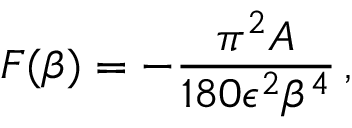
{ } F ( \beta ) = - { \frac { \pi ^ { 2 } A } { 1 8 0 \epsilon ^ { 2 } \beta ^ { 4 } } } \, ,